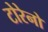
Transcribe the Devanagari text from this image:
टोरेनो